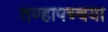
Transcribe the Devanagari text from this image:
तण्हापच्चया